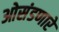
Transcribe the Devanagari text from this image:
ओसंडणारे